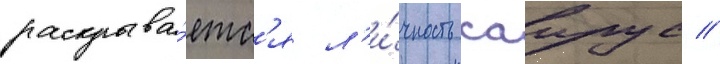
раскрыва́етс'я л'и́чность саирус //